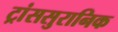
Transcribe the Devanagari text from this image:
ट्रांससुरानिक